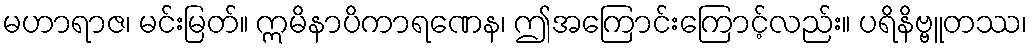
မဟာရာဇ၊ မင်းမြတ်။ ဣမိနာပိကာရဏေန၊ ဤအကြောင်းကြောင့်လည်း။ ပရိနိဗ္ဗူတဿ၊